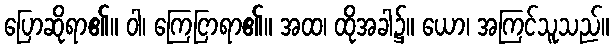
ပြောဆိုရာ၏။ ဝါ၊ ကြေငြာရာ၏။ အထ၊ ထိုအခါ၌။ ယော၊ အကြင်သူသည်။